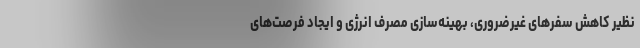
نظیر کاهش سفرهای غیرضروری، بهینه‌سازی مصرف انرژی و ایجاد فرصت‌های